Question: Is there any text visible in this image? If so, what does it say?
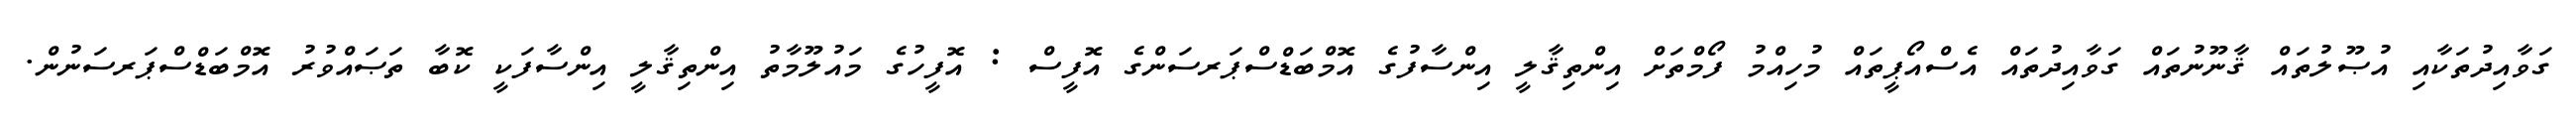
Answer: ގަވާއިދުތަކާއި އުޞޫލުތައް ޤާނޫނުތައް ގަވާއިދުތައް އެސްއޯޕީތައް މުހިއްމު ފޯމްތަށް އިންތިޤާލީ އިންސާފުގެ އޮމްބަޑްސްޕަރސަންގެ އޮފީސް : އޮފީހުގެ މައުލޫމާތު އިންތިޤާލީ އިންސާފަކީ ކޮބާ ތަޞައްވުރު އޮމްބަޑްސްޕަރސަނުން.